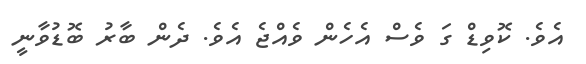
އެވެ. ކޮވިޑް ގަ ވެސް އެހެން ވެއްޖެ އެވެ. ދެން ބާރު ބޮޑުވާނީ